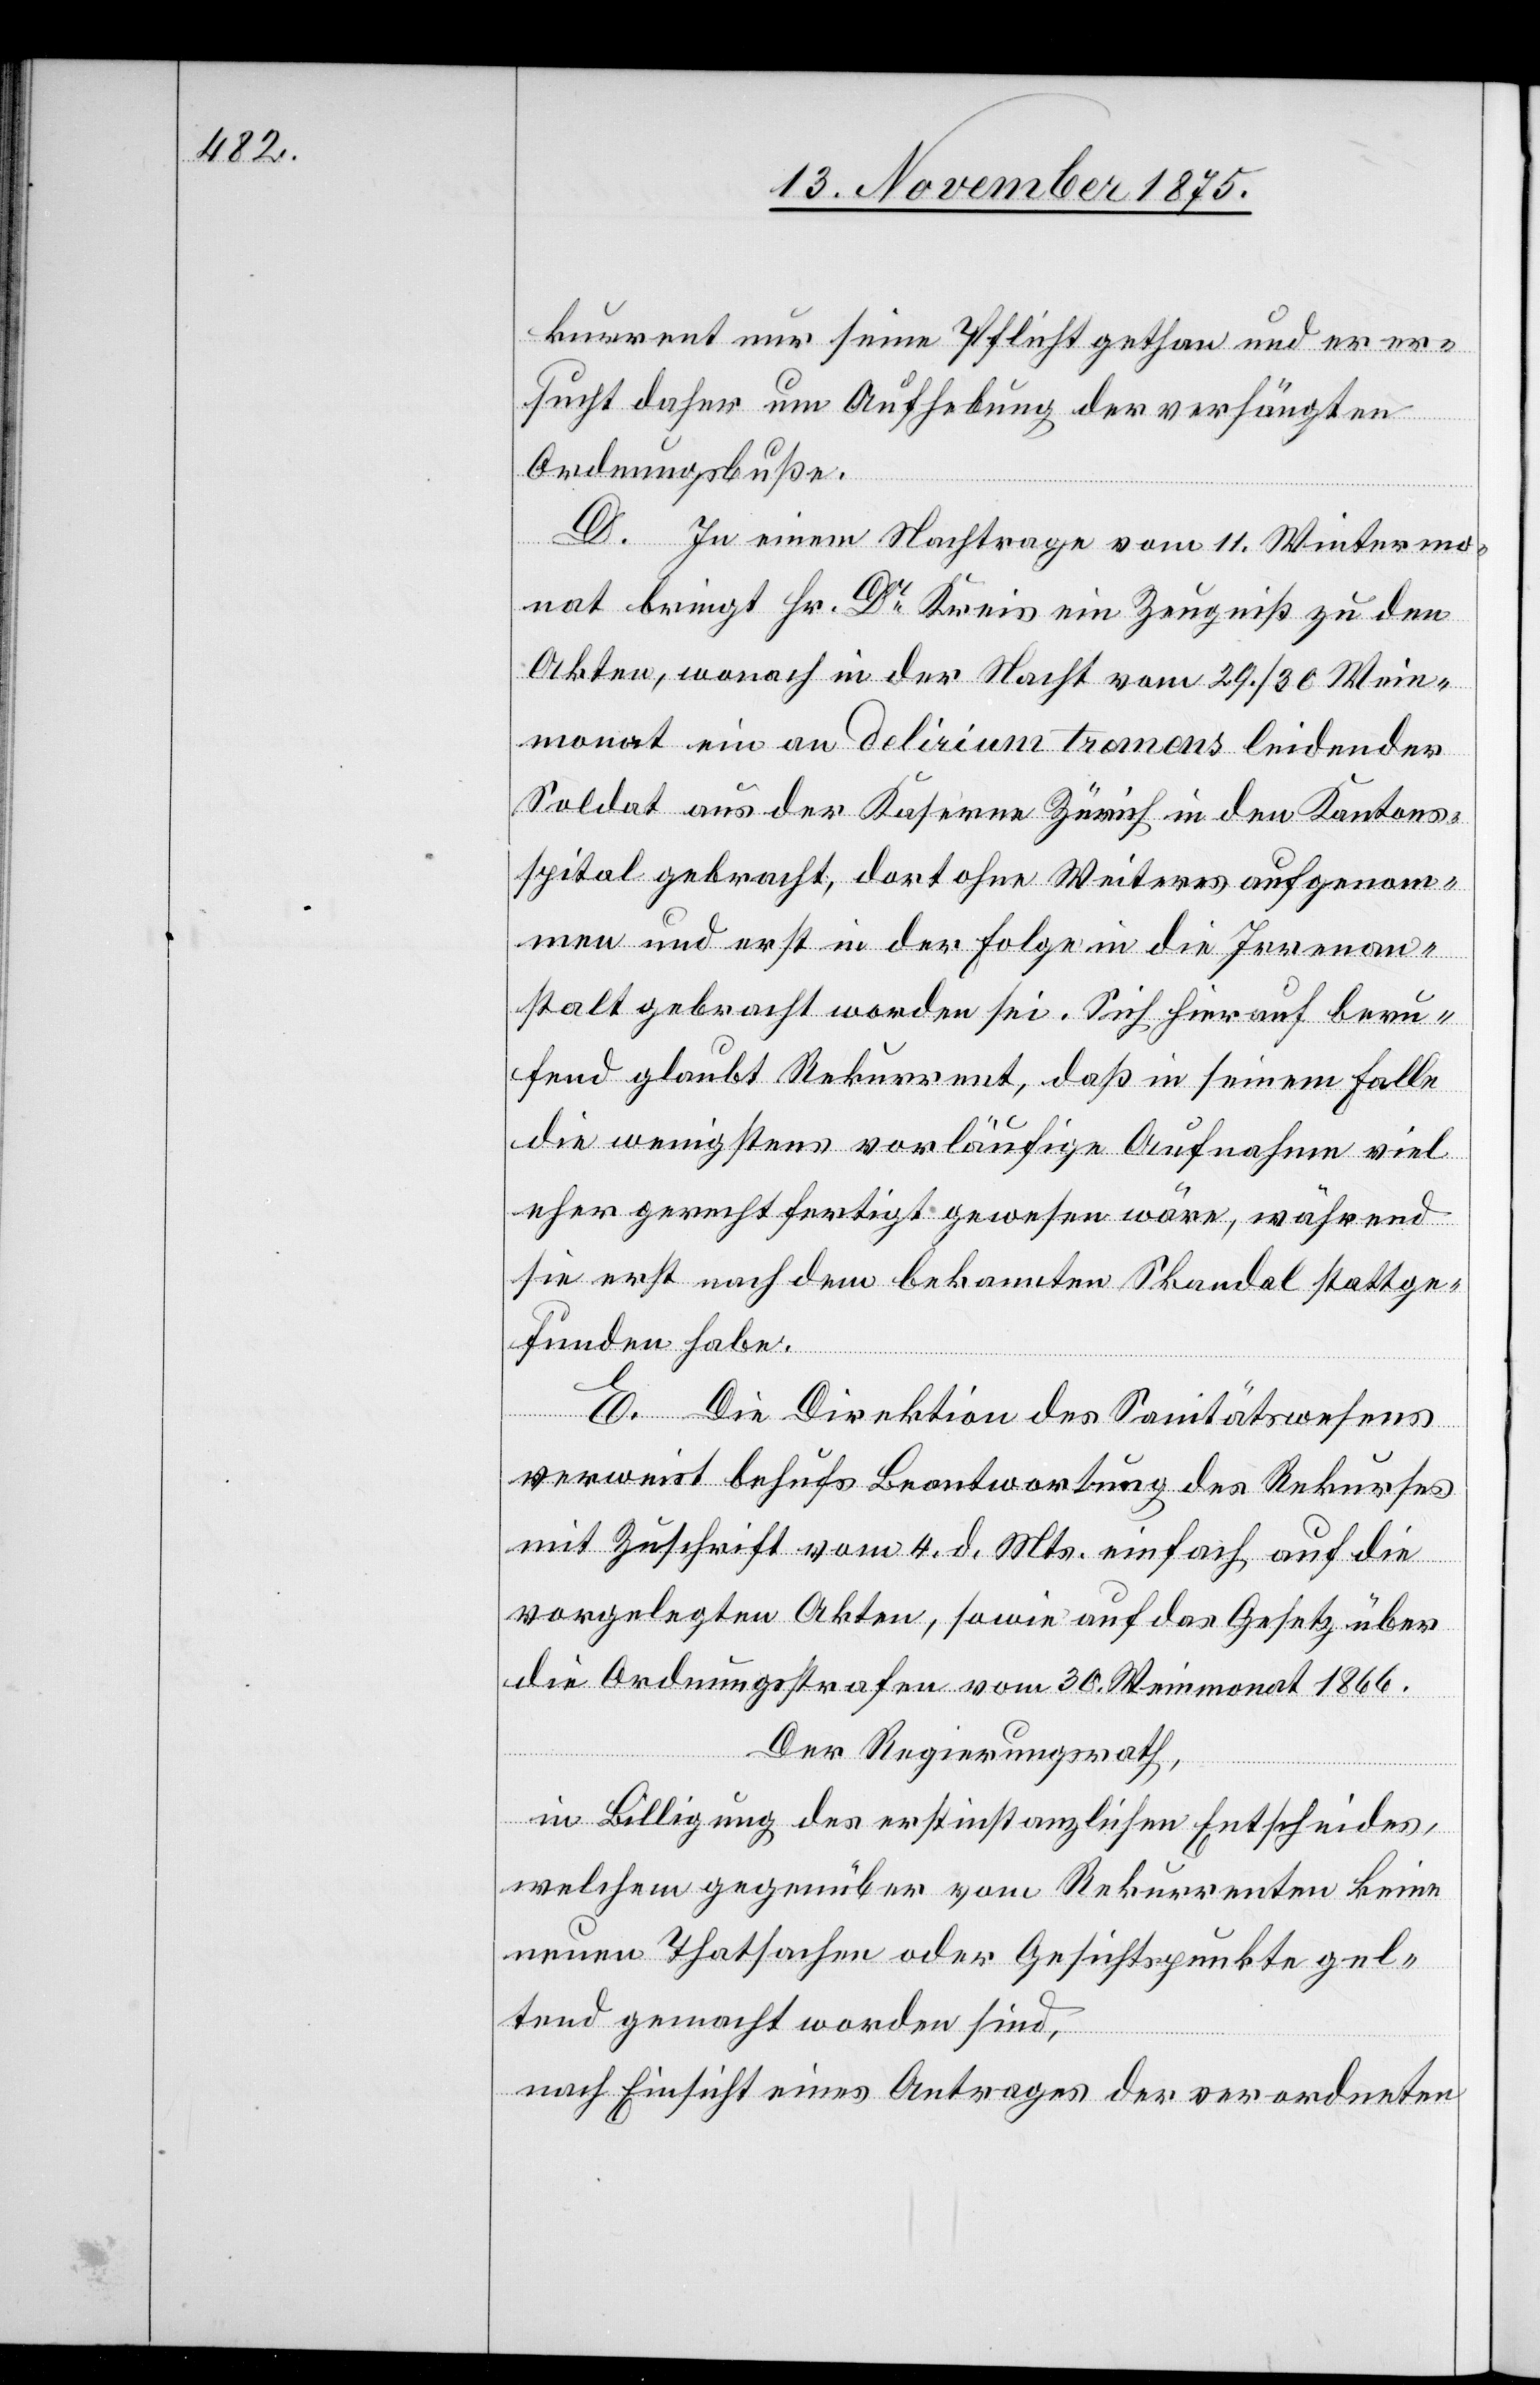
kurrent nur seine Pflicht gethan und er er¬
sucht daher um Aufhebung der verhängten
Ordnungsbuße.
D. In einem Nachtrage vom 11. Wintermo¬
nat bringt Hr. Dr Kreis ein Zeugniß zu den
Akten, wonach in der Nacht vom 29./30. Wein¬
monat ein an delirium tremens leidender
Soldat aus der Kaserne Zürich in den Kantons¬
spital gebracht, dort ohne Weiteres aufgenom¬
men und erst in der Folge in die Irrenan¬
stalt gebracht worden sei. Sich hierauf beru¬
fend glaubt Rekurrent, daß in seinem Falle
die wenigstens vorläufige Aufnahme viel
eher gerechtfertigt gewesen wäre, während
sie erst nach dem bekannten Skandal stattge¬
funden habe.
E. Die Direktion des Sanitätswesens
verweist behufs Beantwortung des Rekurses
mit Zuschrift vom 4. d. Mts. einfach auf die
vorgelegten Akten, sowie auf das Gesetz über
die Ordnungsstrafen vom 30. Weinmonat 1866.
Der Regierungsrath,
in Billigung des erstinstanzlichen Entscheides,
welchem gegenüber vom Rekurrenten keine
neuen Thatsachen oder Gesichtspunkte gel¬
tend gemacht worden sind,
nach Einsicht eines Antrages der verordneten